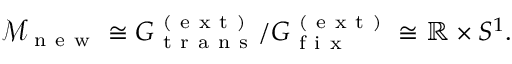
\begin{array} { r } { \mathcal { M } _ { \mathrm { ~ n ~ e ~ w ~ } } \cong G _ { \mathrm { ~ t ~ r ~ a ~ n ~ s ~ } } ^ { \mathrm { ~ ( ~ e ~ x ~ t ~ ) ~ } } / G _ { \mathrm { ~ f ~ i ~ x ~ } } ^ { \mathrm { ~ ( ~ e ~ x ~ t ~ ) ~ } } \cong \mathbb { R } \times S ^ { 1 } . } \end{array}